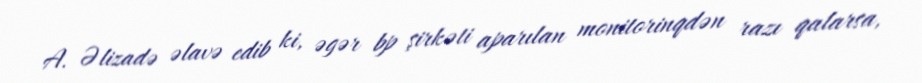
A. Əlizadə əlavə edib ki, əgər bp şirkəti aparılan monitorinqdən razı qalarsa,